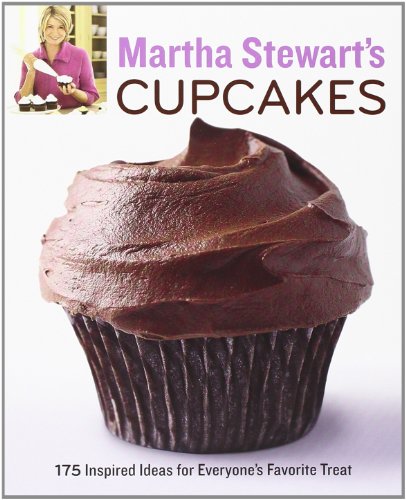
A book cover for Martha Stewart's Cupcakes: 175 Inspired Ideas for Everyone's Favorite Treat; Martha Stewart Living Magazine; Cookbooks, Food & Wine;